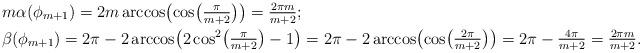
LaTeX: \begin{align*}&\textstyle m\alpha(\phi_{m+1})=2m\arccos\bigl(\cos\bigl(\frac{\pi}{m+2}\bigr)\bigr)=\frac{2\pi m}{m+2};\\&\textstyle\beta(\phi_{m+1})=2\pi-2\arccos\bigl(2\cos^2\bigl(\frac{\pi}{m+2}\bigr)-1\bigr)=2\pi-2\arccos\bigl(\cos\bigl(\frac{2\pi}{m+2}\bigr)\bigr)=2\pi-\frac{4\pi}{m+2}=\frac{2\pi m}{m+2}.\end{align*}